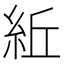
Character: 𥿤